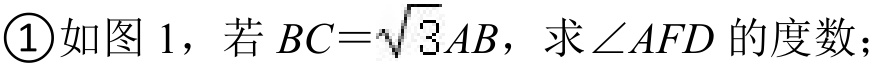
\textcircled{1}如图 1，若\(BC = \sqrt{3}AB\)，求\(\angle AFD\)的度数；